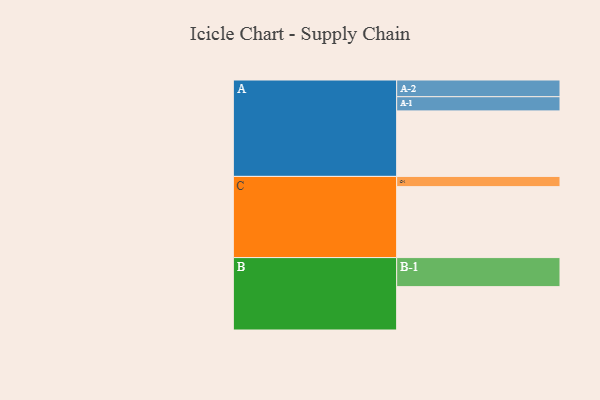
{"axis": {"x": "Segment", "y": "Value"}, "legend": ["", "A", "B", "C"], "data": [{"x": "A", "y": 494, "type": ""}, {"x": "B", "y": 327, "type": ""}, {"x": "C", "y": 535, "type": ""}, {"x": "A-1", "y": 107, "type": "A"}, {"x": "A-2", "y": 126, "type": "A"}, {"x": "B-1", "y": 219, "type": "B"}, {"x": "C-1", "y": 77, "type": "C"}]}